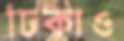
ঢিকাও